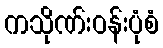
ကသိုဏ်းဝန်းပုံစံ